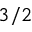
3 / 2